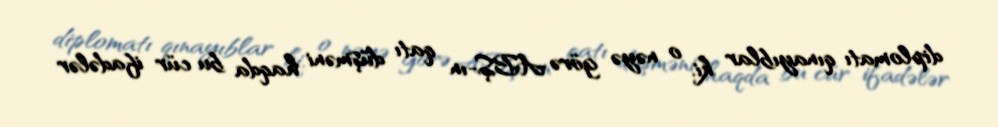
diplomatı qınayıblar ki, o nəyə görə ABŞ-ın qatı düşməni haqda bu cür ifadələr